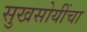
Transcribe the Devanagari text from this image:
सुखसोयींचा